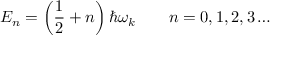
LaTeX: E _ { n } = \left( { \frac { 1 } { 2 } } + n \right) \hbar \omega _ { k } \qquad n = 0 , 1 , 2 , 3 \ldots